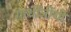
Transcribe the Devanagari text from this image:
गांधींजींची